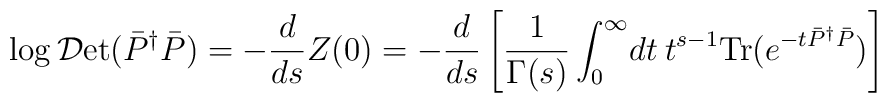
\log {\cal D}\mbox{et} (\bar{P}^{\dag} \bar{P}) = - \frac{d}{ds} Z(0) = - \frac{d}{ds} \left[ \frac{1}{\Gamma (s)} \int_{0}^{\infty} \! dt \:t^{s -1} \mbox{Tr} (e^{-t \bar{P}^{\dag}\bar{P}}) \right]